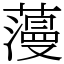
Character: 䕕